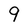
Character: 9